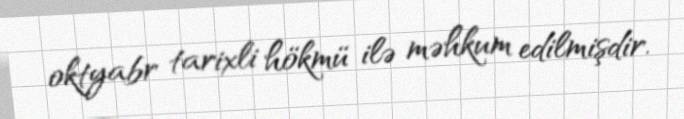
oktyabr tarixli hökmü ilə məhkum edilmişdir.